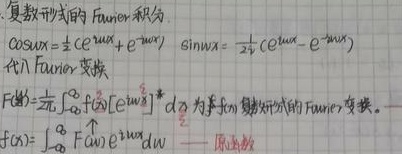
复数形式的Fourier积分
\[
\cos \omega x=\frac{1}{2}\left(e^{j\omega x}+e^{-j\omega x}\right) \quad \sin \omega x=\frac{1}{2 j}\left(e^{j\omega x}-e^{-j\omega x}\right)
\]
在Fourier变换中，
\[
F(\omega)=\frac{1}{2 \pi} \int_{-\infty}^{\infty} f(t)\left[e^{j \omega t}\right]^{*} d t
\]
\(F(\omega)\)为\(f(t)\)频域的Fourier变换。
\[
f(t)=\int_{-\infty}^{\infty} F(\omega) e^{j \omega t} d\omega
\]
\(f(t)\)为原函数。